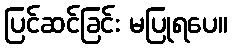
ပြင်ဆင်ခြင်း မပြုရပေ။